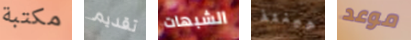
مكتبة تقديم الشبهات حينئذ موعد